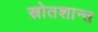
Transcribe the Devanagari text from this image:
स्रोतशान्त